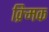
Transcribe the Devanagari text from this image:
क्र्मिक